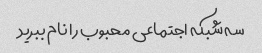
سه شبکه اجتماعی محبوب را نام ببرید